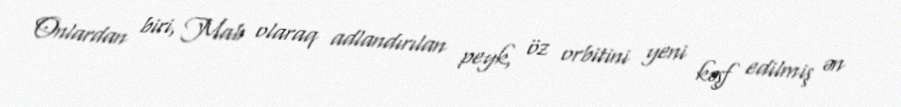
Onlardan biri, Mab olaraq adlandırılan peyk, öz orbitini yeni kəşf edilmiş ən